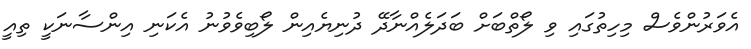
އެވަރުންވެސް މިހިތުގައި ވި ލޯތްބަށް ބަދަލެއްނާދޭ ދުނިޔެއިން ލޯބިވެވުނު އެކަނި އިންސާނަކީ ތިއީ